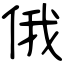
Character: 俄